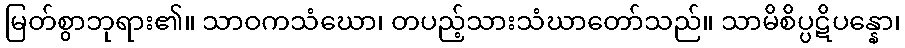
မြတ်စွာဘုရား၏။ သာဝကသံဃော၊ တပည့်သားသံဃာတော်သည်။ သာမိစိပ္ပဋိပန္နော၊